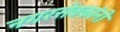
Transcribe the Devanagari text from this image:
नगरसेवकांनी